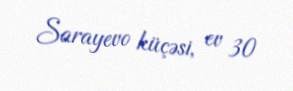
Sarayevo küçəsi, ev 30